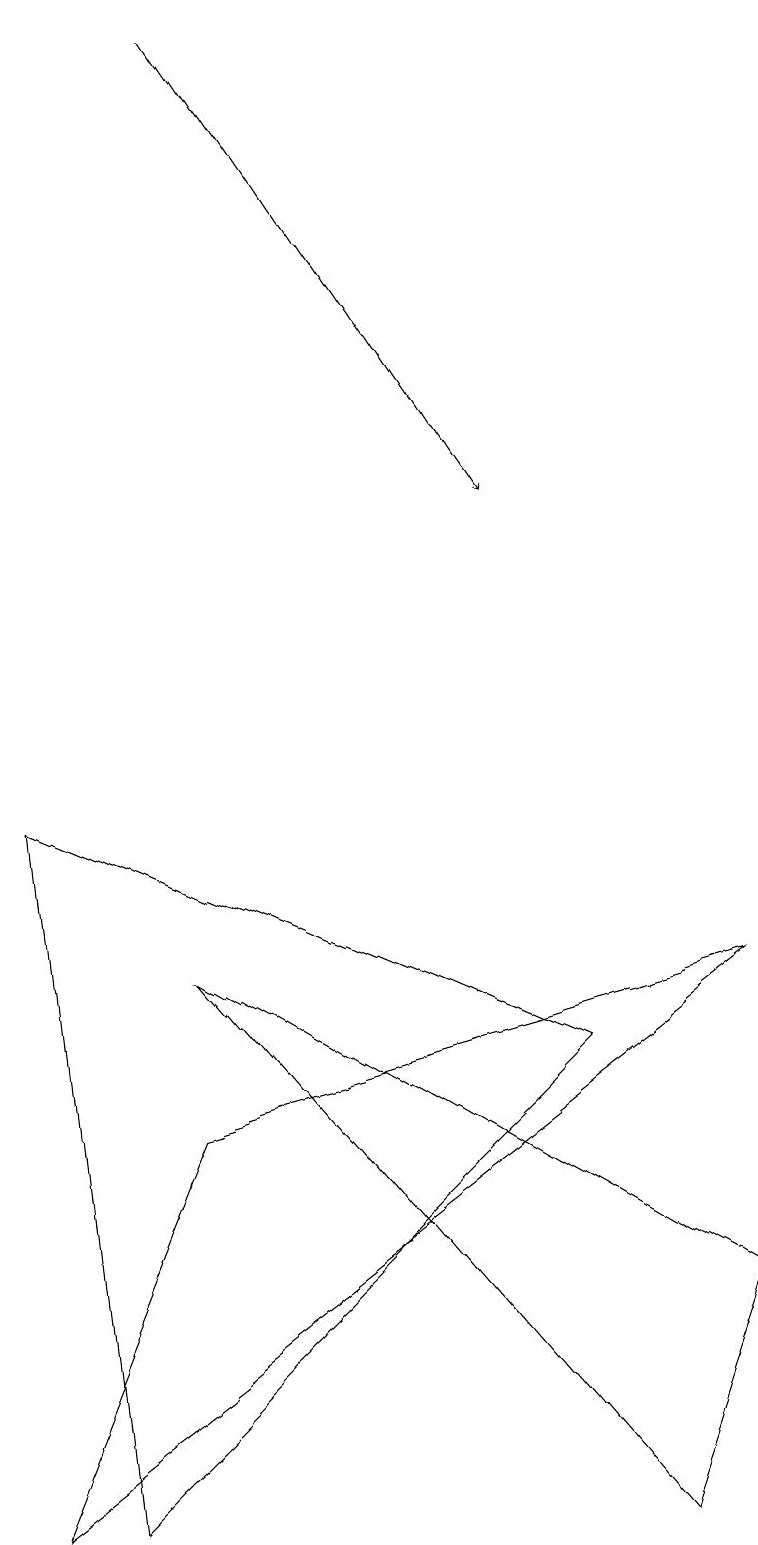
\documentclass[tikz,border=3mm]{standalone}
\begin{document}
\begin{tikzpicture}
\draw (9,3) -- (2,7) -- (8,0) -- cycle;
\draw (0,9) -- (7,6) -- (1,0) -- cycle;
\draw (2,5) -- (9,7) -- (0,0) -- cycle;
\draw[->] (2,19) -- (6,13);
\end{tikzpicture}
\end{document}